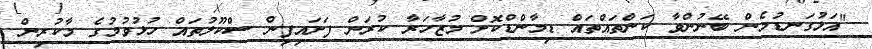
"އަޅުގަނޑުމެން ބޭނުންވާ ކަންތައްތައް ޑިމާންޑްކޮށް މުޒާހަރާ ކުރަން ފަށައިފިން ސްކޫލުތައް ހުޅުވުމުގެ މާކުރިން